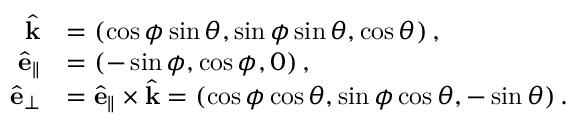
\begin{array} { r l } { \hat { \mathbf { k } } } & { = \left( \cos \phi \sin \theta , \sin \phi \sin \theta , \cos \theta \right) , } \\ { \hat { \mathbf { e } } _ { \parallel } } & { = \left( - \sin \phi , \cos \phi , 0 \right) , } \\ { \hat { \mathbf { e } } _ { \perp } } & { = \hat { \mathbf { e } } _ { \parallel } \times \hat { \mathbf { k } } = \left( \cos \phi \cos \theta , \sin \phi \cos \theta , - \sin \theta \right) . } \end{array}